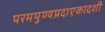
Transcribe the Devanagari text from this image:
परमपुण्यप्रदाएकादशी